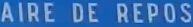
AIREDEREPOS